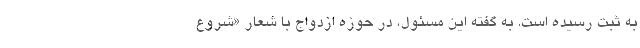
به ثبت رسیده است. به گفته این مسئول، در حوزه ازدواج با شعار «شروع